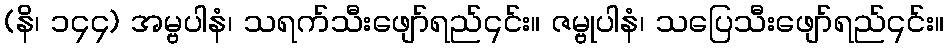
(နိ၊ ၁၄၄) အမ္ဗပါနံ၊ သရက်သီးဖျော်ရည်၎င်း။ ဇမ္ဗုပါနံ၊ သပြေသီးဖျော်ရည်၎င်း။